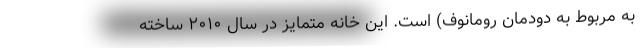
به مربوط به دودمان رومانوف) است. این خانه متمایز در سال ۲۰۱۰ ساخته